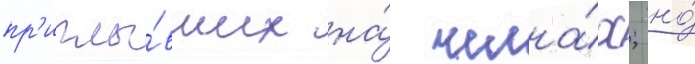
пр'иплы́вших на́ челна́х; но́